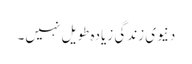
دنیوی زندگی زیادہ طویل نہیں۔